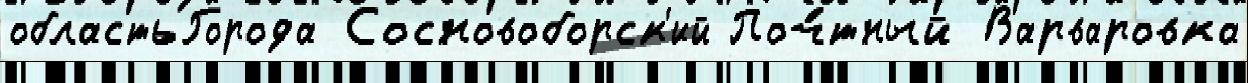
областьГорода Сосновоборск'ий Поч́тный Варваровка